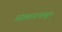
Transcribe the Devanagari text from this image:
संस्थानापासून